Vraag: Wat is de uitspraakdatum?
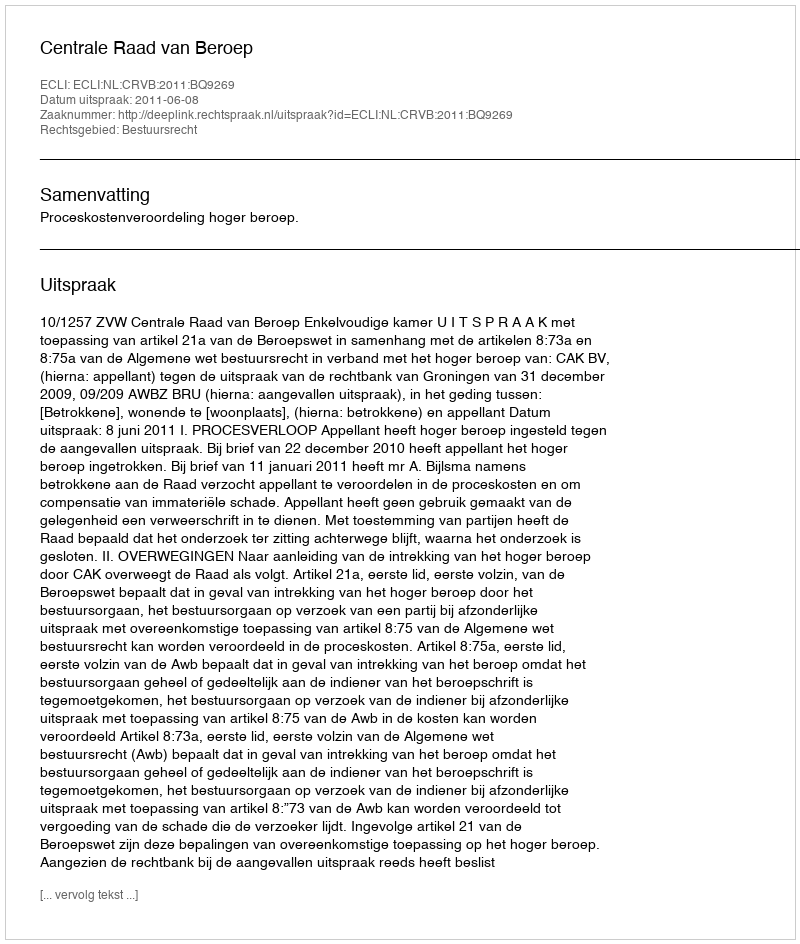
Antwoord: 2011-06-08